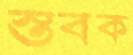
স্তবক